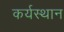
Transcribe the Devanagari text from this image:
कर्यस्थान